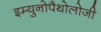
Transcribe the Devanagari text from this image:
इम्युनोपैथोलोजी